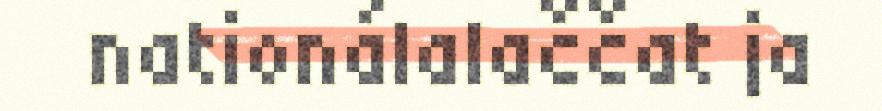
nationálalaččat ja